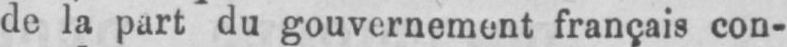
de la part du gouvernement français con-